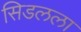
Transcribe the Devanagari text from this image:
सिडलला